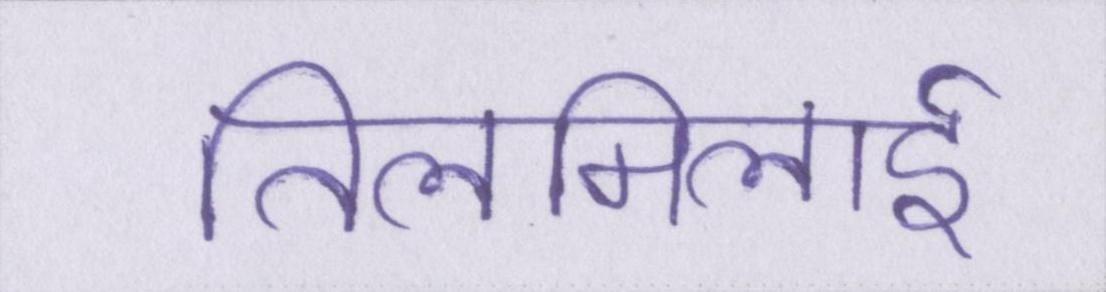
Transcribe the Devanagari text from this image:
तिलमिलाई